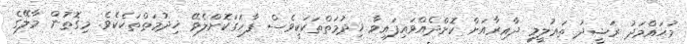
މުޙައްމަދު ރަޝީދު ތަޢުލީމީ ދާއިރާއަށް ކޮށްދެއްވައިފައިވާ ޚިދުމަތްތަކަކީވެސް ފާހަގަކޮށްލެވޭ ޚިދުމަތްތަކެކެވެ. މިގޮތުން މާލޭގެ